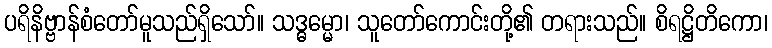
ပရိနိဗ္ဗာန်စံတော်မူသည်ရှိသော်။ သဒ္ဓမ္မော၊ သူတော်ကောင်းတို့၏ တရားသည်။ စိရဋ္ဌိတိကော၊